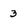
Character: 3